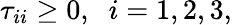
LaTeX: \tau_{ii}\geq 0,\; \; i=1,2,3,